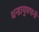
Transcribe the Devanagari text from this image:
धन्डायुधपानी